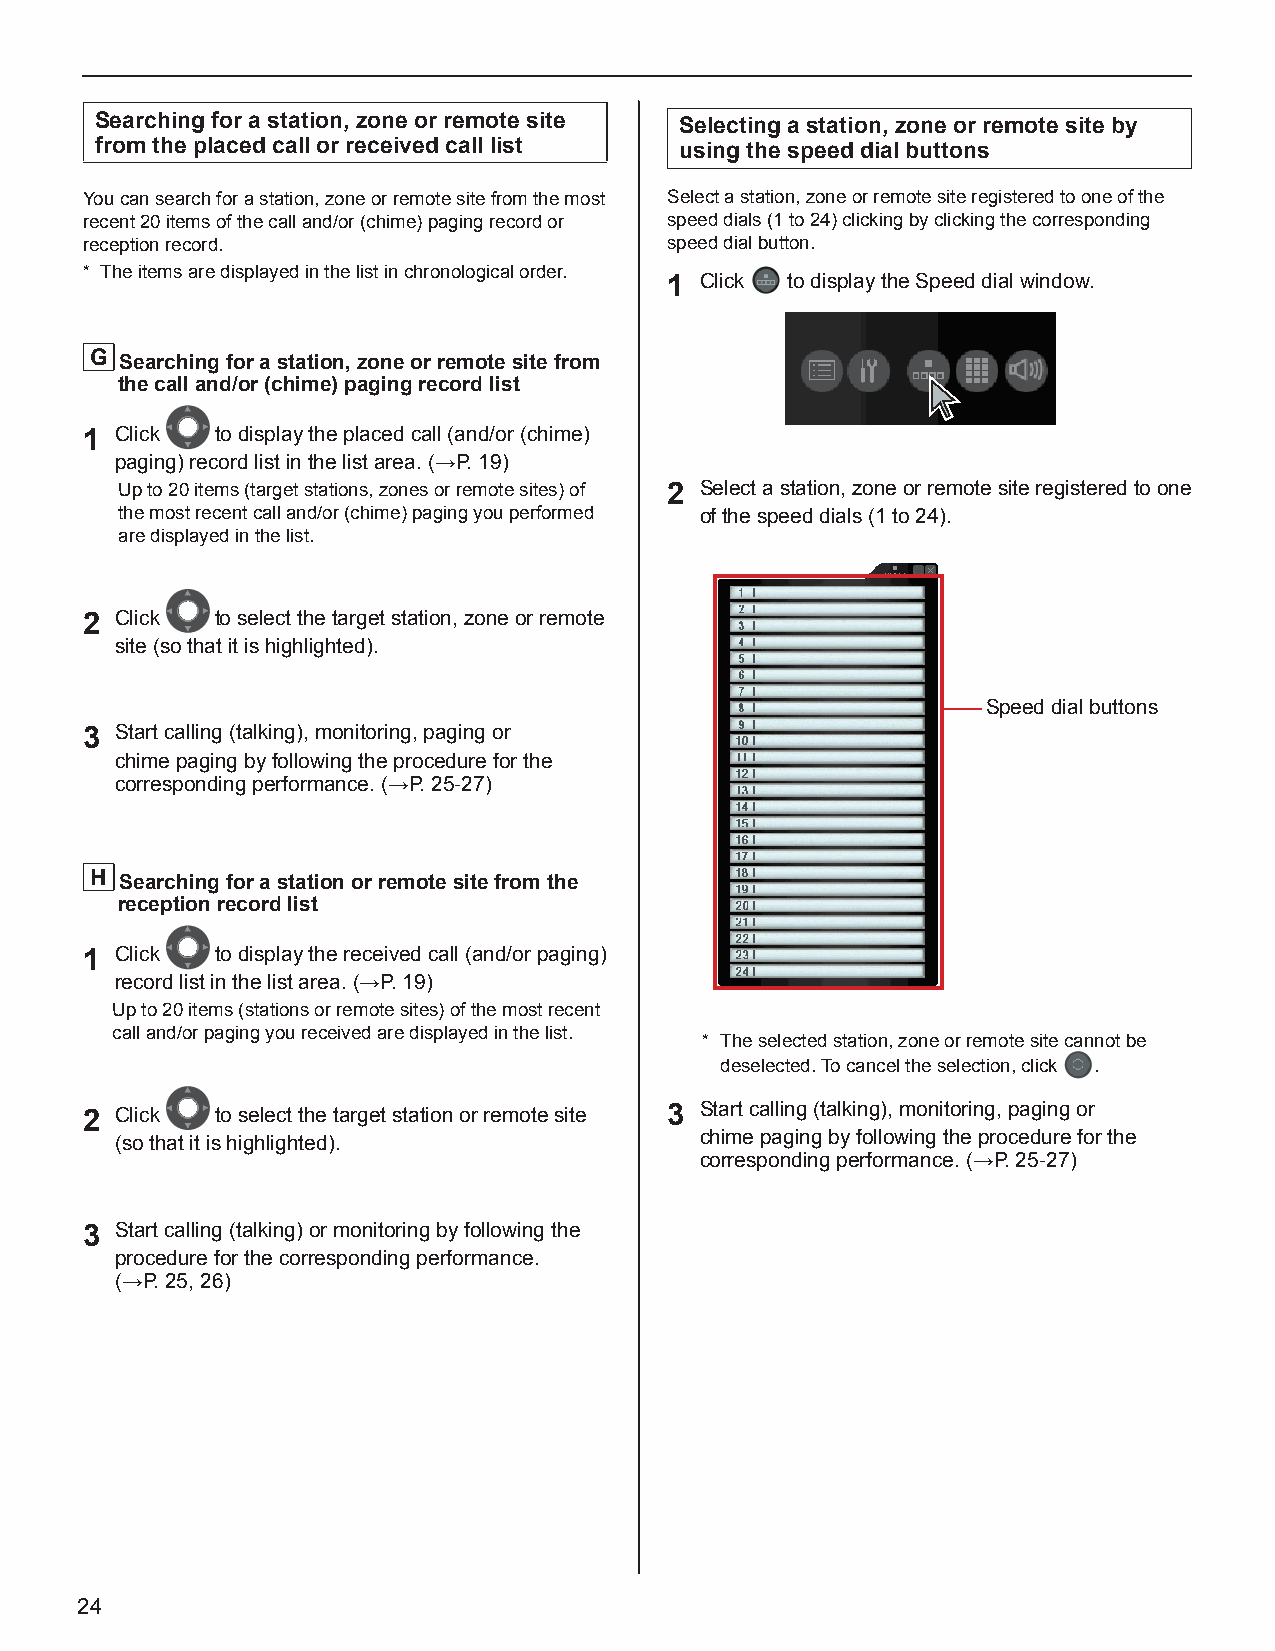
Searching for a station, zone or remote site Selecting a station, zone or remote site by
 from the placed call or received call list using the speed dial buttons
 You can search for a station, zone or remote site from the most Select a station, zone or remote site registered to one of the
 recent 20 items of the call and/or (chime) paging record or speed dials (1 to 24) clicking by clicking the corresponding
 reception record.                      speed dial button.
 * The items are displayed in the list in chronological order.
 1 Click to display the Speed dial window.
 G Searching for a station, zone or remote site from
 the call and/or (chime) paging record list
 1  Click to display the placed call (and/or (chime)
 paging) record list in the list area. (→P. 19)
 Up to 20 items (target stations, zones or remote sites) of 2 Select a station, zone or remote site registered to one
 the most recent call and/or (chime) paging you performed of the speed dials (1 to 24).
 are displayed in the list.
 2  Click to select the target station, zone or remote
 site (so that it is highlighted).
 Speed dial buttons
 3  Start calling (talking), monitoring, paging or
 chime paging by following the procedure for the
 corresponding performance. (→P. 25-27)
 H Searching for a station or remote site from the
 reception record list
 1  Click to display the received call (and/or paging)
 record list in the list area. (→P. 19)
 Up to 20 items (stations or remote sites) of the most recent
 call and/or paging you received are displayed in the list.
 * The selected station, zone or remote site cannot be
 deselected. To cancel the selection, click .
 2  Click to select the target station or remote site 3 Start calling (talking), monitoring, paging or
 (so that it is highlighted).          chime paging by following the procedure for the
 corresponding performance. (→P. 25-27)
 3  Start calling (talking) or monitoring by following the
 procedure for the corresponding performance.
 (→P. 25, 26)
 24